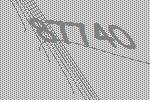
87740